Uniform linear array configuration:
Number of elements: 16
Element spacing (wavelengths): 0.5
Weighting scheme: kaiser
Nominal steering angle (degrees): -60
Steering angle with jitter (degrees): -60.483
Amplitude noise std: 0.05
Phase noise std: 0.05

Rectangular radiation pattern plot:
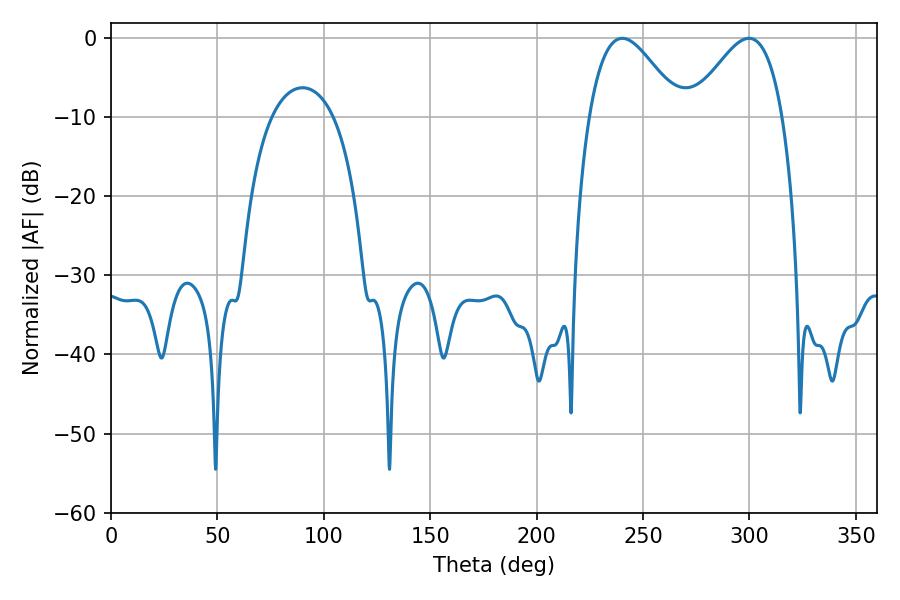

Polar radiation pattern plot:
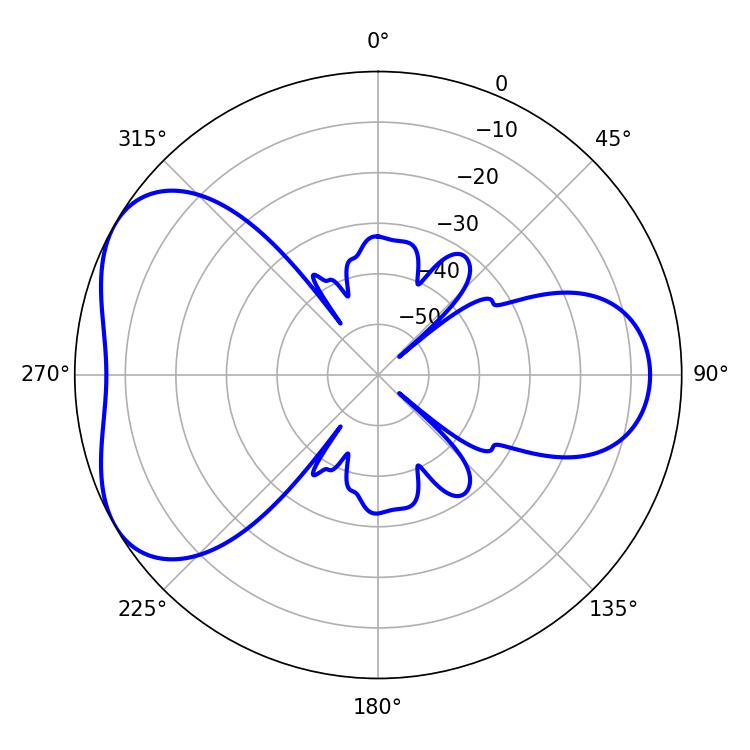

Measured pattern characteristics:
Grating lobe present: FALSE
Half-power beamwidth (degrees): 22.86
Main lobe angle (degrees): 240.3